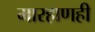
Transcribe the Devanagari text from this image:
मारहाणही